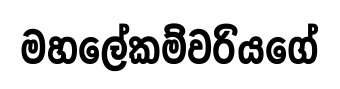
මහලේකම්වරියගේ